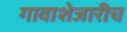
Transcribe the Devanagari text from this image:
गावाशेजारीच